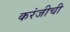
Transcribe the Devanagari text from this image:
करंजीची